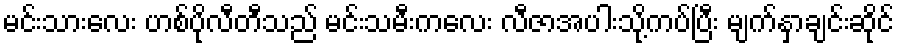
မင်းသားလေး ဟစ်ပိုလီတီသည် မင်းသမီးကလေး လီဇာအပါးသို့ကပ်ပြီး မျက်နှာချင်းဆိုင်